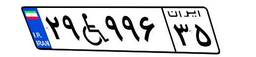
۲۹W۹۹۶۳۵